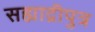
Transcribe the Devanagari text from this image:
सह्याद्रीपुत्र